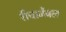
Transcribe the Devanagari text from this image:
रीचार्जेबल